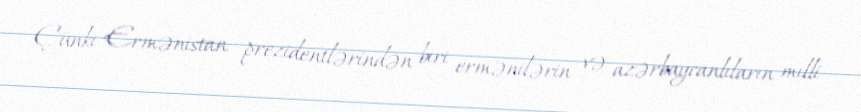
Çünki Ermənistan prezidentlərindən biri ermənilərin və azərbaycanlıların milli